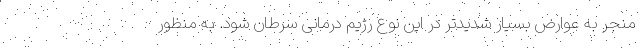
منجر به عوارض بسیار شدیدتر در این نوع رژیم درمانی سرطان شود. به ‌منظور